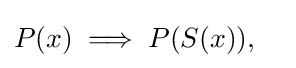
P(x)\implies P(S(x)),\quad